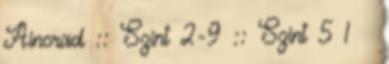
Aincrad :: Szint 2-9 :: Szint 5 1